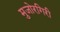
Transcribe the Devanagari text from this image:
मुजोरगिरी